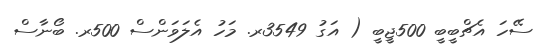
ސޭހަ އެޗްބީބީ 500ޖީބީ ( އަގު 3549ރ. މަހު އެލަވަންސް 500ރ. ބޯނާސް